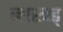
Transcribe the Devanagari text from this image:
जाखड्